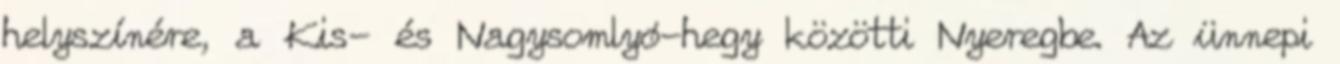
helyszínére, a Kis- és Nagysomlyó-hegy közötti Nyeregbe. Az ünnepi